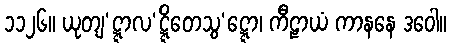
၁၁၂၆။ ယုတျ’ဋ္ဋာလ’ဋ္ဋိတေသွ’ဋ္ဋော၊ ကီဠာယံ ကာနနေ ဒဝေါ။